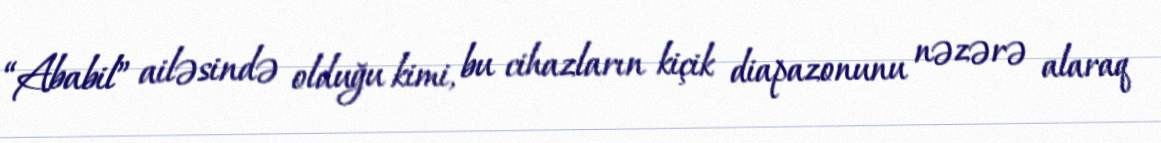
“Ababil” ailəsində olduğu kimi, bu cihazların kiçik diapazonunu nəzərə alaraq